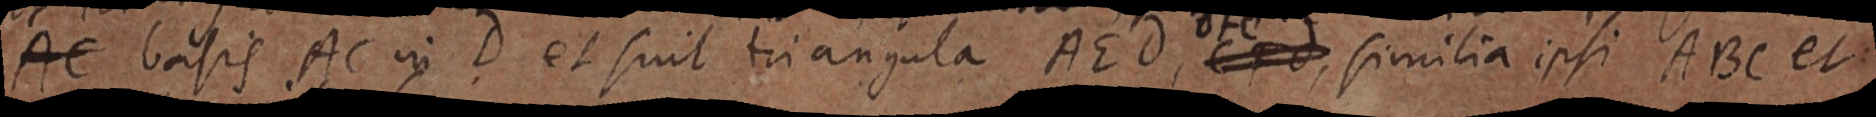
AC basis AC in D et suit triangula AEd, _, similia ipsi ABC et: